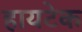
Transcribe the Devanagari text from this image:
हायटेक